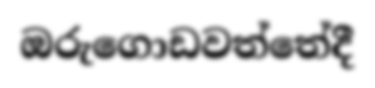
ඔරුගොඩවත්තේදී